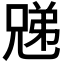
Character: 𫤜